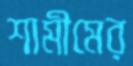
শামীমের